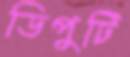
ডিপুটি